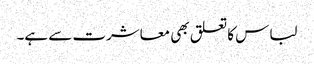
لباس کا تعلق بھی معاشرت سے ہے۔